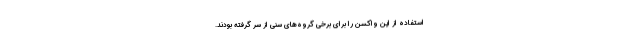
استفاده از این واکسن را برای برخی گروه‌های سنی از سر گرفته بودند.